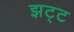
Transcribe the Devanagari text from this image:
झट्ट